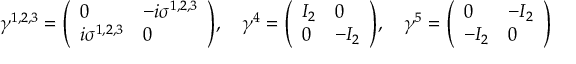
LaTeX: \gamma ^ { 1 , 2 , 3 } = { \left( \begin{array} { l l } { 0 } & { - i \sigma ^ { 1 , 2 , 3 } } \\ { i \sigma ^ { 1 , 2 , 3 } } & { 0 } \end{array} \right) } , \quad \gamma ^ { 4 } = { \left( \begin{array} { l l } { I _ { 2 } } & { 0 } \\ { 0 } & { - I _ { 2 } } \end{array} \right) } , \quad \gamma ^ { 5 } = { \left( \begin{array} { l l } { 0 } & { - I _ { 2 } } \\ { - I _ { 2 } } & { 0 } \end{array} \right) }